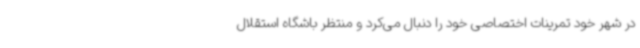
در شهر خود تمرینات اختصاصی خود را دنبال می‌کرد و منتظر باشگاه استقلال